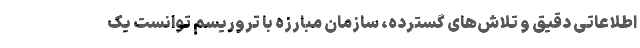
اطلاعاتی دقیق و تلاش‌های گسترده، سازمان مبارزه با تروریسم توانست یک